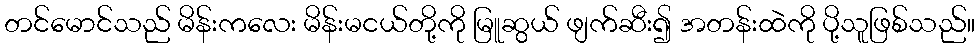
တင်မောင်သည် မိန်းကလေး မိန်းမငယ်တို့ကို မြူဆွယ် ဖျက်ဆီး၍ အတန်းထဲကို ပို့သူဖြစ်သည်။